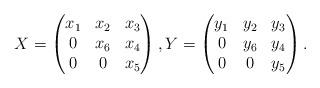
LaTeX: \begin{align*}X=\begin{pmatrix}x_1&x_2&x_3\\0&x_6&x_4\\0&0&x_5\end{pmatrix},Y=\begin{pmatrix}y_1&y_2&y_3\\0&y_6&y_4\\0&0&y_5\end{pmatrix}.\end{align*}